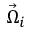
\vec { \Omega } _ { i }